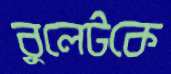
বুলেটকে